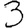
Digit: 3